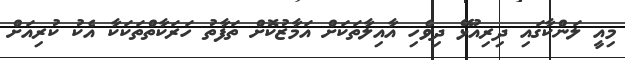
މިއީ ލަންކާގައި ދިރިއުޅޭ ދިވެހި އާއިލާތަކަށް އަމާޒުކޮށް ތަފާތު ހަރަކާތްތަކަކާ އެކު ކުރިއަށް